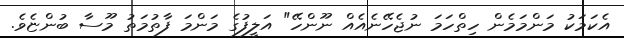
އެކަމަކު މަންމަމެން ހިތްހަމަ ނުޖެހޭނެއެއް ނޫންހޭ" އަލީފުގެ މަންމަ ފާތުމަތު މޫސާ ބުންޏެވެ.